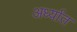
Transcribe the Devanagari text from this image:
अर्ध्यात